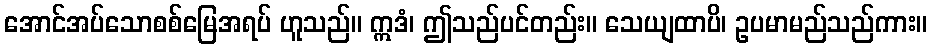
အောင်အပ်သောစစ်မြေအရပ် ဟူသည်။ ဣဒံ၊ ဤသည်ပင်တည်း။ သေယျထာပိ၊ ဥပမာမည်သည်ကား။